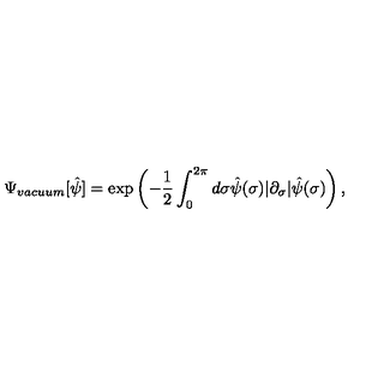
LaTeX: \Psi _ { v a c u u m } [ \hat { \psi } ] = \exp \left( - { \frac 1 2 } \int _ { 0 } ^ { 2 \pi } d \sigma { } \hat { \psi } ( \sigma ) | \partial _ { \sigma } | \hat { \psi } ( \sigma ) \right) ,